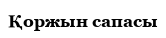
Қоржын сапасы